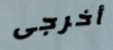
أخرجى